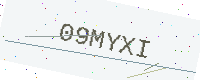
Text: 09MYXI